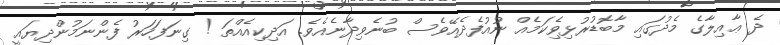
ދެ ޢާއިލާގެ މެދުގައި މާބޮޑުރުޅިވެިކަމެއް ނުއުފެދެއޭވެސް ބުނެވިދާނެއެވެ. އަދިކިއެއްތަ ! ގިނަފަހަރު ފެންނަމުންދިޔައީ